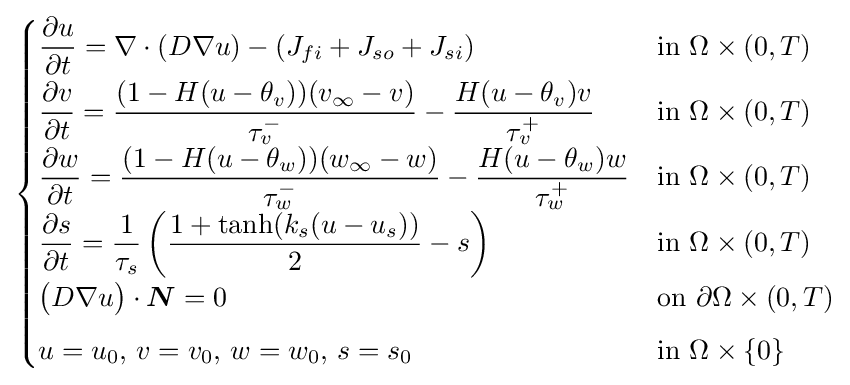
{\begin{cases}{\dfrac {\partial u}{\partial t}}=\nabla \cdot (D\nabla u)-(J_{fi}+J_{so}+J_{si})&{\text{in }}\Omega \times (0,T)\\[5pt]{\dfrac {\partial v}{\partial t}}={\dfrac {(1-H(u-\theta _{v}))(v_{\infty }-v)}{\tau _{v}^{-}}}-{\dfrac {H(u-\theta _{v})v}{\tau _{v}^{+}}}&{\text{in }}\Omega \times (0,T)\\[5pt]{\dfrac {\partial w}{\partial t}}={\dfrac {(1-H(u-\theta _{w}))(w_{\infty }-w)}{\tau _{w}^{-}}}-{\dfrac {H(u-\theta _{w})w}{\tau _{w}^{+}}}&{\text{in }}\Omega \times (0,T)\\[5pt]{\dfrac {\partial s}{\partial t}}={\dfrac {1}{\tau _{s}}}\left({\dfrac {1+\tanh(k_{s}(u-u_{s}))}{2}}-s\right)&{\text{in }}\Omega \times (0,T)\\[5pt]{\big (}D\nabla u{\big )}\cdot {\boldsymbol {N}}=0&{\text{on }}\partial \Omega \times (0,T)\\[5pt]u=u_{0},\,v=v_{0},\,w=w_{0},\,s=s_{0}&{\text{in }}\Omega \times \{0\}\end{cases}}